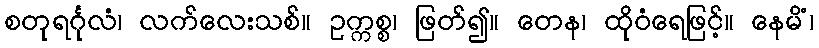
စတုရင်္ဂုလံ၊ လက်လေးသစ်။ ဥက္ကစ္စ၊ ဖြတ်၍။ တေန၊ ထိုဝံရေဖြင့်။ နေမိံ၊